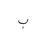
Letter: _ba